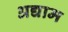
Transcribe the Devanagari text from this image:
अद्याम